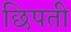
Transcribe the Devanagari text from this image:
छिपती